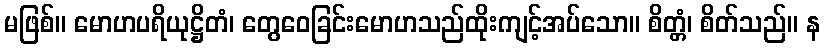
မဖြစ်။ မောဟပရိယုဋ္ဌိတံ၊ တွေဝေခြင်းမောဟသည်ထိုးကျင့်အပ်သော။ စိတ္တံ၊ စိတ်သည်။ န